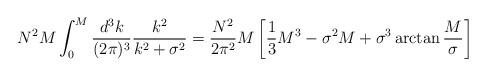
LaTeX: \begin{align*}N^2M\int_0^M{d^3k\over (2\pi)^3}{k^2\over k^2+\sigma^2}={N^2\over 2\pi^2}M\left[{1\over 3}M^3-\sigma^2M+\sigma^3\arctan{M\over \sigma}\right]\end{align*}